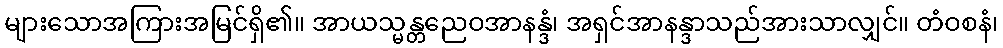
များသောအကြားအမြင်ရှိ၏။ အာယသ္မန္တညေဝအာနန္ဒံ၊ အရှင်အာနန္ဒာသည်အားသာလျှင်။ တံဝစနံ၊